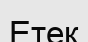
Етек